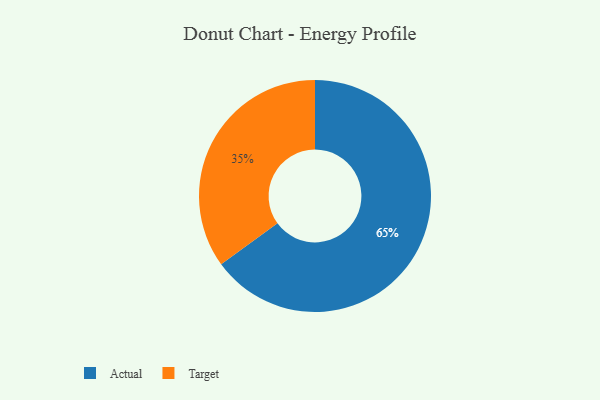
{"axis": {"x": "Category", "y": "Percentage"}, "legend": ["Actual", "Target"], "data": [{"x": "Target", "y": 35, "type": "Target"}, {"x": "Actual", "y": 65, "type": "Actual"}]}